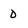
Character: D